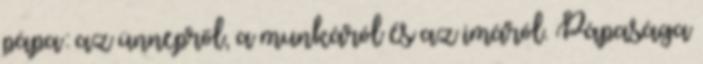
pápa: az ünnepről, a munkáról és az imáról. Pápasága